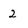
Character: 2